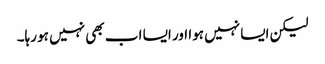
لیکن ایسا نہیں ہوا اور ایسا اب بھی نہیں ہو رہا۔